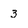
Character: 3